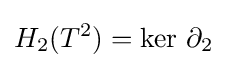
H_{2}(T^{2})={\text{ker }}\partial _{2}